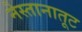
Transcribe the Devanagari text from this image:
नेस्तानातूट